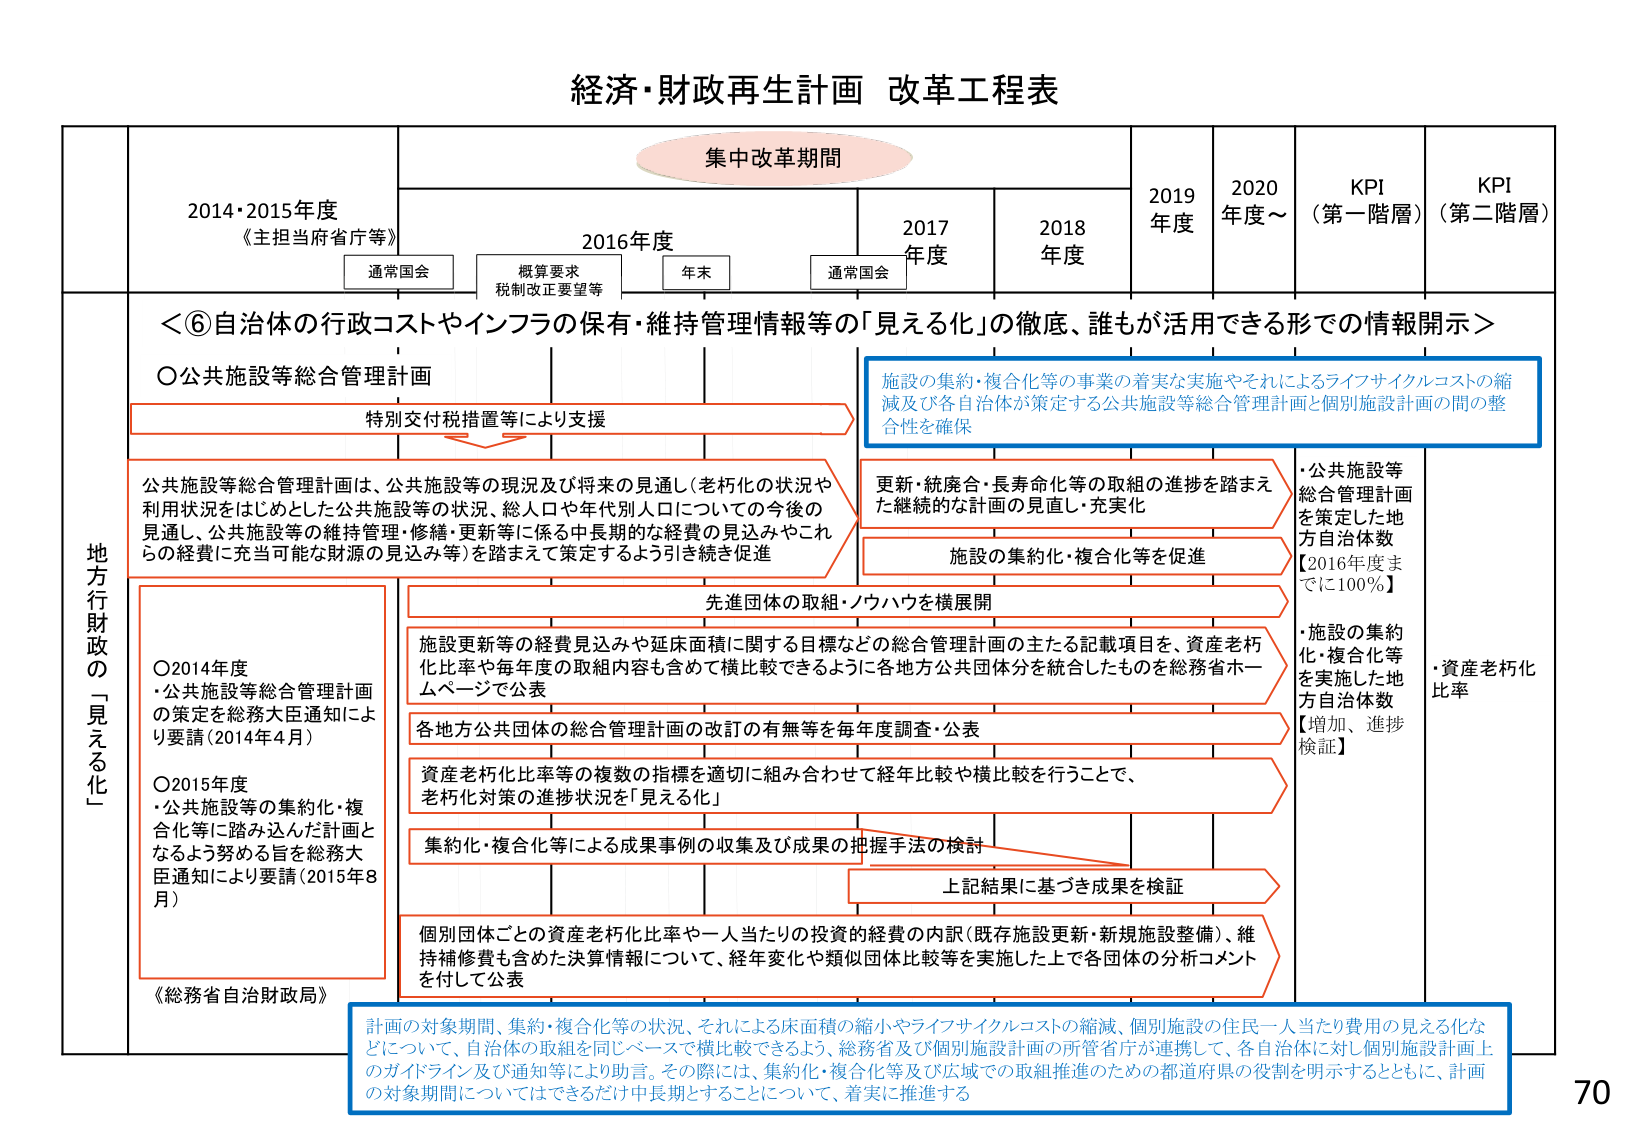
経済・財政再生計画 改革工程表

集中改革期間

2014・2015年度
《主担当府省庁等》

通常国会
概算要求
税制改正要望等
年末
通常国会

2016年度

2017年度

2018年度

2019年度

2020年度～

KPI
（第一階層）

KPI
（第二階層）

＜⑥自治体の行政コストやインフラの保有・維持管理情報等の「見える化」の徹底、誰もが活用できる形での情報開示＞

○公共施設等総合管理計画

特別交付税措置等により支援

公共施設等総合管理計画は、公共施設等の現況及び将来の見通し（老朽化の状況や利用状況をはじめとした公共施設等の状況、総人口や年代別人口についての今後の見通し、公共施設等の維持管理・修繕・更新等に係る中長期的な経費の見込みやこれらの経費に充当可能な財源の見込み等）を踏まえて策定するよう引き続き促進

施設の集約・複合化等の事業の着実な実施やそれによるライフサイクルコストの縮減及び各自治体が策定する公共施設等総合管理計画と個別施設計画の間の整合性を確保

更新・統廃合・長寿命化等の取組の進捗を踏まえた継続的な計画の見直し・充実化

施設の集約化・複合化等を促進

・公共施設等総合管理計画を策定した地方自治体数
【2016年度までに100％】

・施設の集約化・複合化等を実施した地方自治体数
【増加、進捗検証】

・資産老朽化比率

先進団体の取組・ノウハウを横展開

施設更新等の経費見込みや延床面積に関する目標などの総合管理計画の主たる記載項目を、資産老朽化比率や毎年度の取組内容も含めて横比較できるように各地方公共団体分を統合したものを総務省ホームページで公表

各地方公共団体の総合管理計画の改訂の有無等を毎年度調査・公表

資産老朽化比率等の複数の指標を適切に組み合わせて経年比較や横比較を行うことで、老朽化対策の進捗状況を「見える化」

集約化・複合化等による成果事例の収集及び成果の把握手法の検討

上記結果に基づき成果を検証

個別団体ごとの資産老朽化比率や一人当たりの投資の経費の内訳（既存施設更新・新規施設整備）、維持補修費も含めた決算情報について、経年変化や類似団体比較等を実施した上で各団体の分析コメントを付して公表

《総務省自治財政局》

計画の対象期間、集約・複合化等の状況、それによる床面積の縮小やライフサイクルコストの縮減、個別施設の住民一人当たり費用の見える化などについて、自治体の取組を同じベースで横比較できるよう、総務省及び個別施設計画の所管省庁が連携して、各自治体に対し個別施設計画上のガイドライン及び通知等により助言。その際には、集約化・複合化等及び広域での取組推進のための都道府県の役割を明示するとともに、計画の対象期間についてはできるだけ中長期とすることについて、着実に推進する

○2014年度
・公共施設等総合管理計画の策定を総務大臣通知により要請（2014年4月）

○2015年度
・公共施設等の集約化・複合化等に踏み込んだ計画となるよう努める旨を総務大臣通知により要請（2015年8月）

地方行政の「見える化」

70